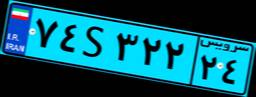
۷۴S۳۲۲۲۴